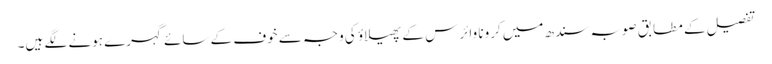
تفصیل کے مطابق صوبہ سندھ میں کرونا وائرس کے پھیلاؤ کی وجہ سے خوف کے سائے گہرے ہونے لگے ہیں۔